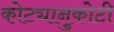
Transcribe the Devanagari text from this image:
कोट्यानुकोटी